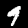
Label: 9